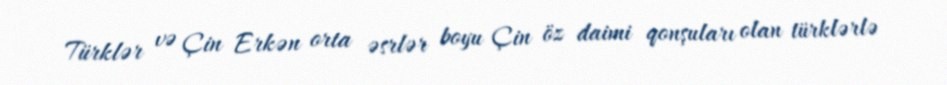
Türklər və Çin Erkən orta əsrlər boyu Çin öz daimi qonşuları olan türklərlə